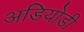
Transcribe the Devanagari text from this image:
अडियोडी